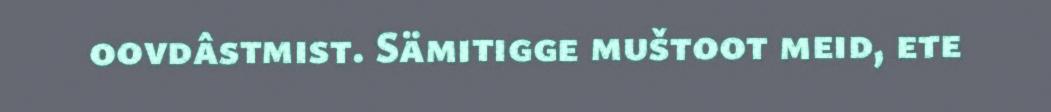
oovdâstmist. Sämitigge muštoot meid, ete